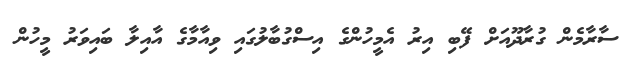
ސާރާމެން ގުރާދޫއަށް ފޭބި އިރު އެމީހުންގެ އިސްގުބާލުގައި ވިއާމާގެ އާއިލާ ބައިވަރު މީހުން